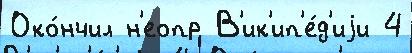
Око́нчил н'еопр В'ик'ип'е́д'иjи 4